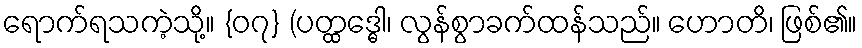
ရောက်ရသကဲ့သို့။ {၀၇} (ပတ္ထဒ္ဓေါ၊ လွန်စွာခက်ထန်သည်။ ဟောတိ၊ ဖြစ်၏။